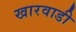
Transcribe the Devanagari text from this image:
खारवाडी